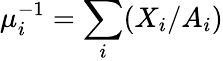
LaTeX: \mu_{i}^{-1}=\sum_{i}(X_{i}/A_{i})